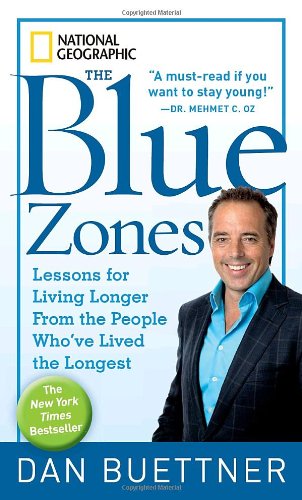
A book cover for The Blue Zones: Lessons for Living Longer From the People Who've Lived the Longest; Dan Buettner; Health, Fitness & Dieting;